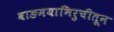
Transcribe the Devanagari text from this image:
वाङमयाभिरुचीतून